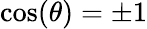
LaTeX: \cos(\theta)=\pm 1